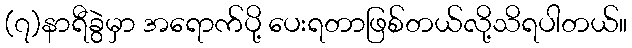
(၇)နာရီခွဲမှာ အရောက်ပို့ ပေးရတာဖြစ်တယ်လို့သိရပါတယ်။